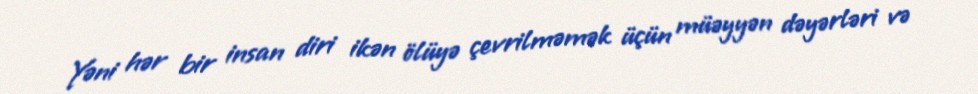
Yəni hər bir insan diri ikən ölüyə çevrilməmək üçün müəyyən dəyərləri və